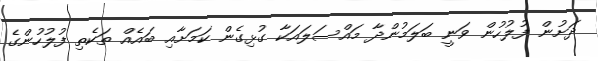
ދަށުން ފުލުހުން ވަނީ ބަލަމުންދާ މައްސަލައަކާ ގުޅިގެން ކަމަށާއި ބައެއް ތަކެތި ފުލުހުންގެ